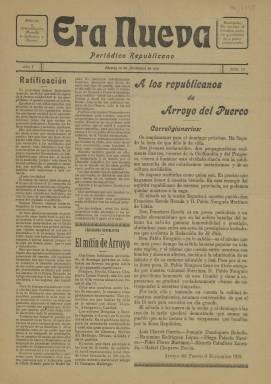
Título: Era nueva
Colección: Periódicos
Ámbito geográfico: Cáceres
Lugar de publicación: Cáceres
Fechas: 10/11/1910-10/11/1910